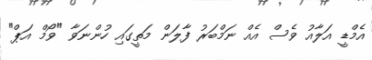
އެމްޑީ އަލާއު ވެސް އެއް ނަމްބަރު ފާލަން މަތީގައި ހުންނަވާ "ވޯމް އަޕް"